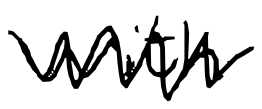
Text: with
Cross-out: zig-zag
Writing tool: digital_black